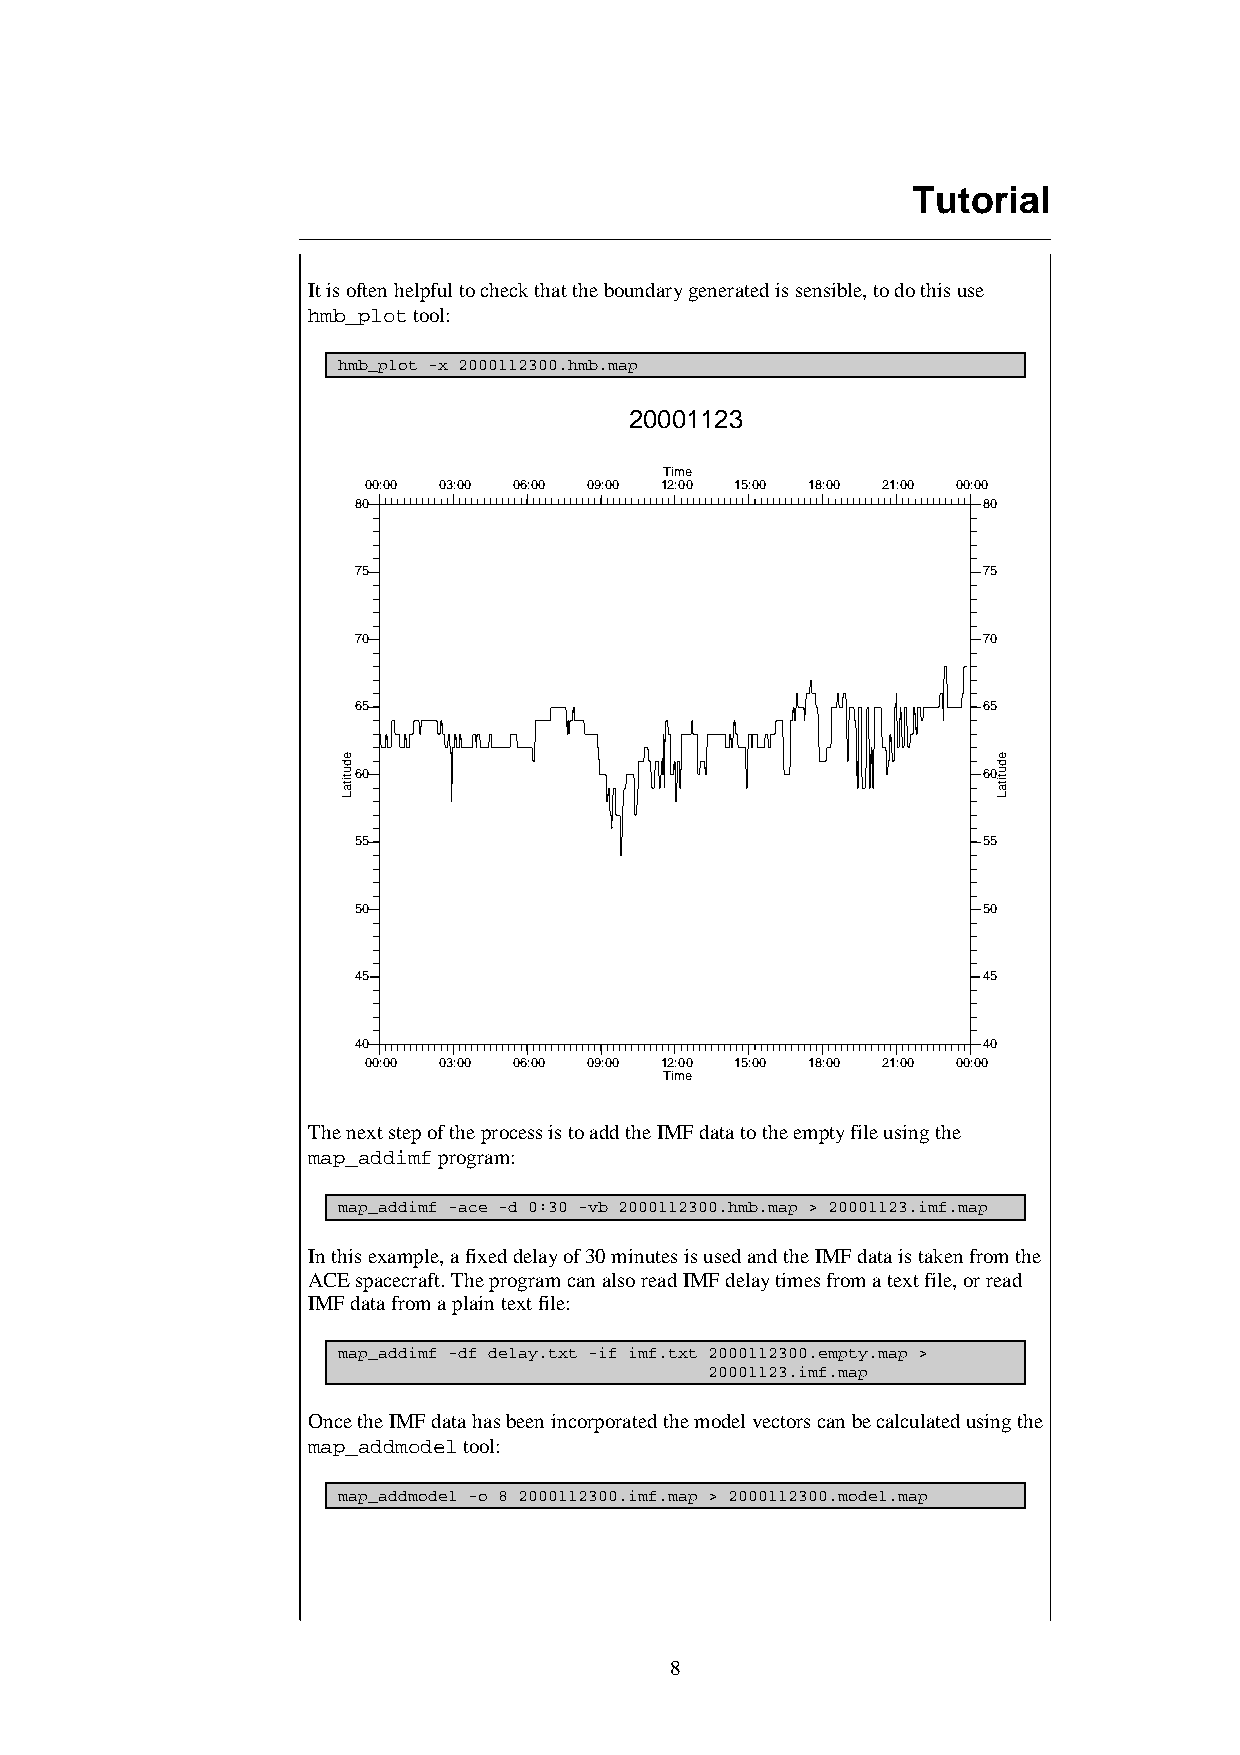
Tutorial
 It is often helpful to check that the boundary generated is sensible, to do this use
 hmb_plot tool:
 hmb_plot -x 2000112300.hmb.map
 20001123
 Time
 00:00 03:00 06:00 09:00 12:00 15:00 18:00 21:00 00:00
 80                                       80
 75                                       75
 70                                       70
 65                                       65
 60                                       60
 55                                       55
 50                                       50
 45                                       45
 40                                       40
 00:00 03:00 06:00 09:00 12:00 15:00 18:00 21:00 00:00
 Time
 The next step of the process is to add the IMF data to the empty file using the
 map_addimf program:
 map_addimf -ace -d 0:30 -vb 2000112300.hmb.map > 20001123.imf.map
 In this example, a fixed delay of 30 minutes is used and the IMF data is taken from the
 ACE spacecraft. The program can also read IMF delay times from a text file, or read
 IMF data from a plain text file:
 map_addimf -df delay.txt -if imf.txt 2000112300.empty.map >
 20001123.imf.map
 Once the IMF data has been incorporated the model vectors can be calculated using the
 map_addmodel tool:
 map_addmodel -o 8 2000112300.imf.map > 2000112300.model.map
 8
 edutitaL                                   edutitaL